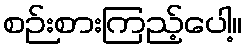
စဉ်းစားကြည့်ပေါ့။